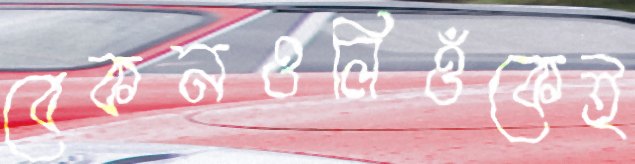
বেকনওলিওঁকেই